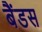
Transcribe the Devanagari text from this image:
बैंडस